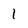
Character: I